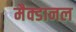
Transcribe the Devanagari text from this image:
मैक्डानल